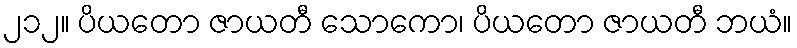
၂၁၂။ ပိယတော ဇာယတီ သောကော၊ ပိယတော ဇာယတီ ဘယံ။